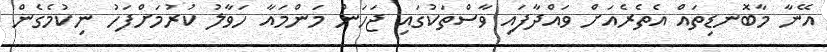
އޭނާ މާބޮނޑިތައް އެތެރެއަށް ވައްދާފައި ވާސްތަކުގައި ޖަހަން މަންމައާ ހަވާލު ކުރުމަށްފަހު ނިކުމެގެން